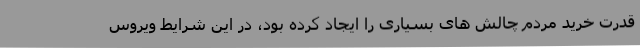
قدرت خرید مردم چالش های بسیاری را ایجاد کرده بود، در این شرایط ویروس